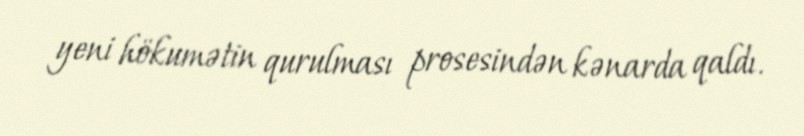
yeni hökumətin qurulması prosesindən kənarda qaldı.